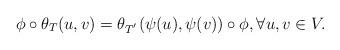
LaTeX: \begin{align*} \phi \circ \theta_T(u,v)=\theta_{T^{'}}(\psi(u),\psi(v))\circ \phi,\forall u,v\in V.\end{align*}